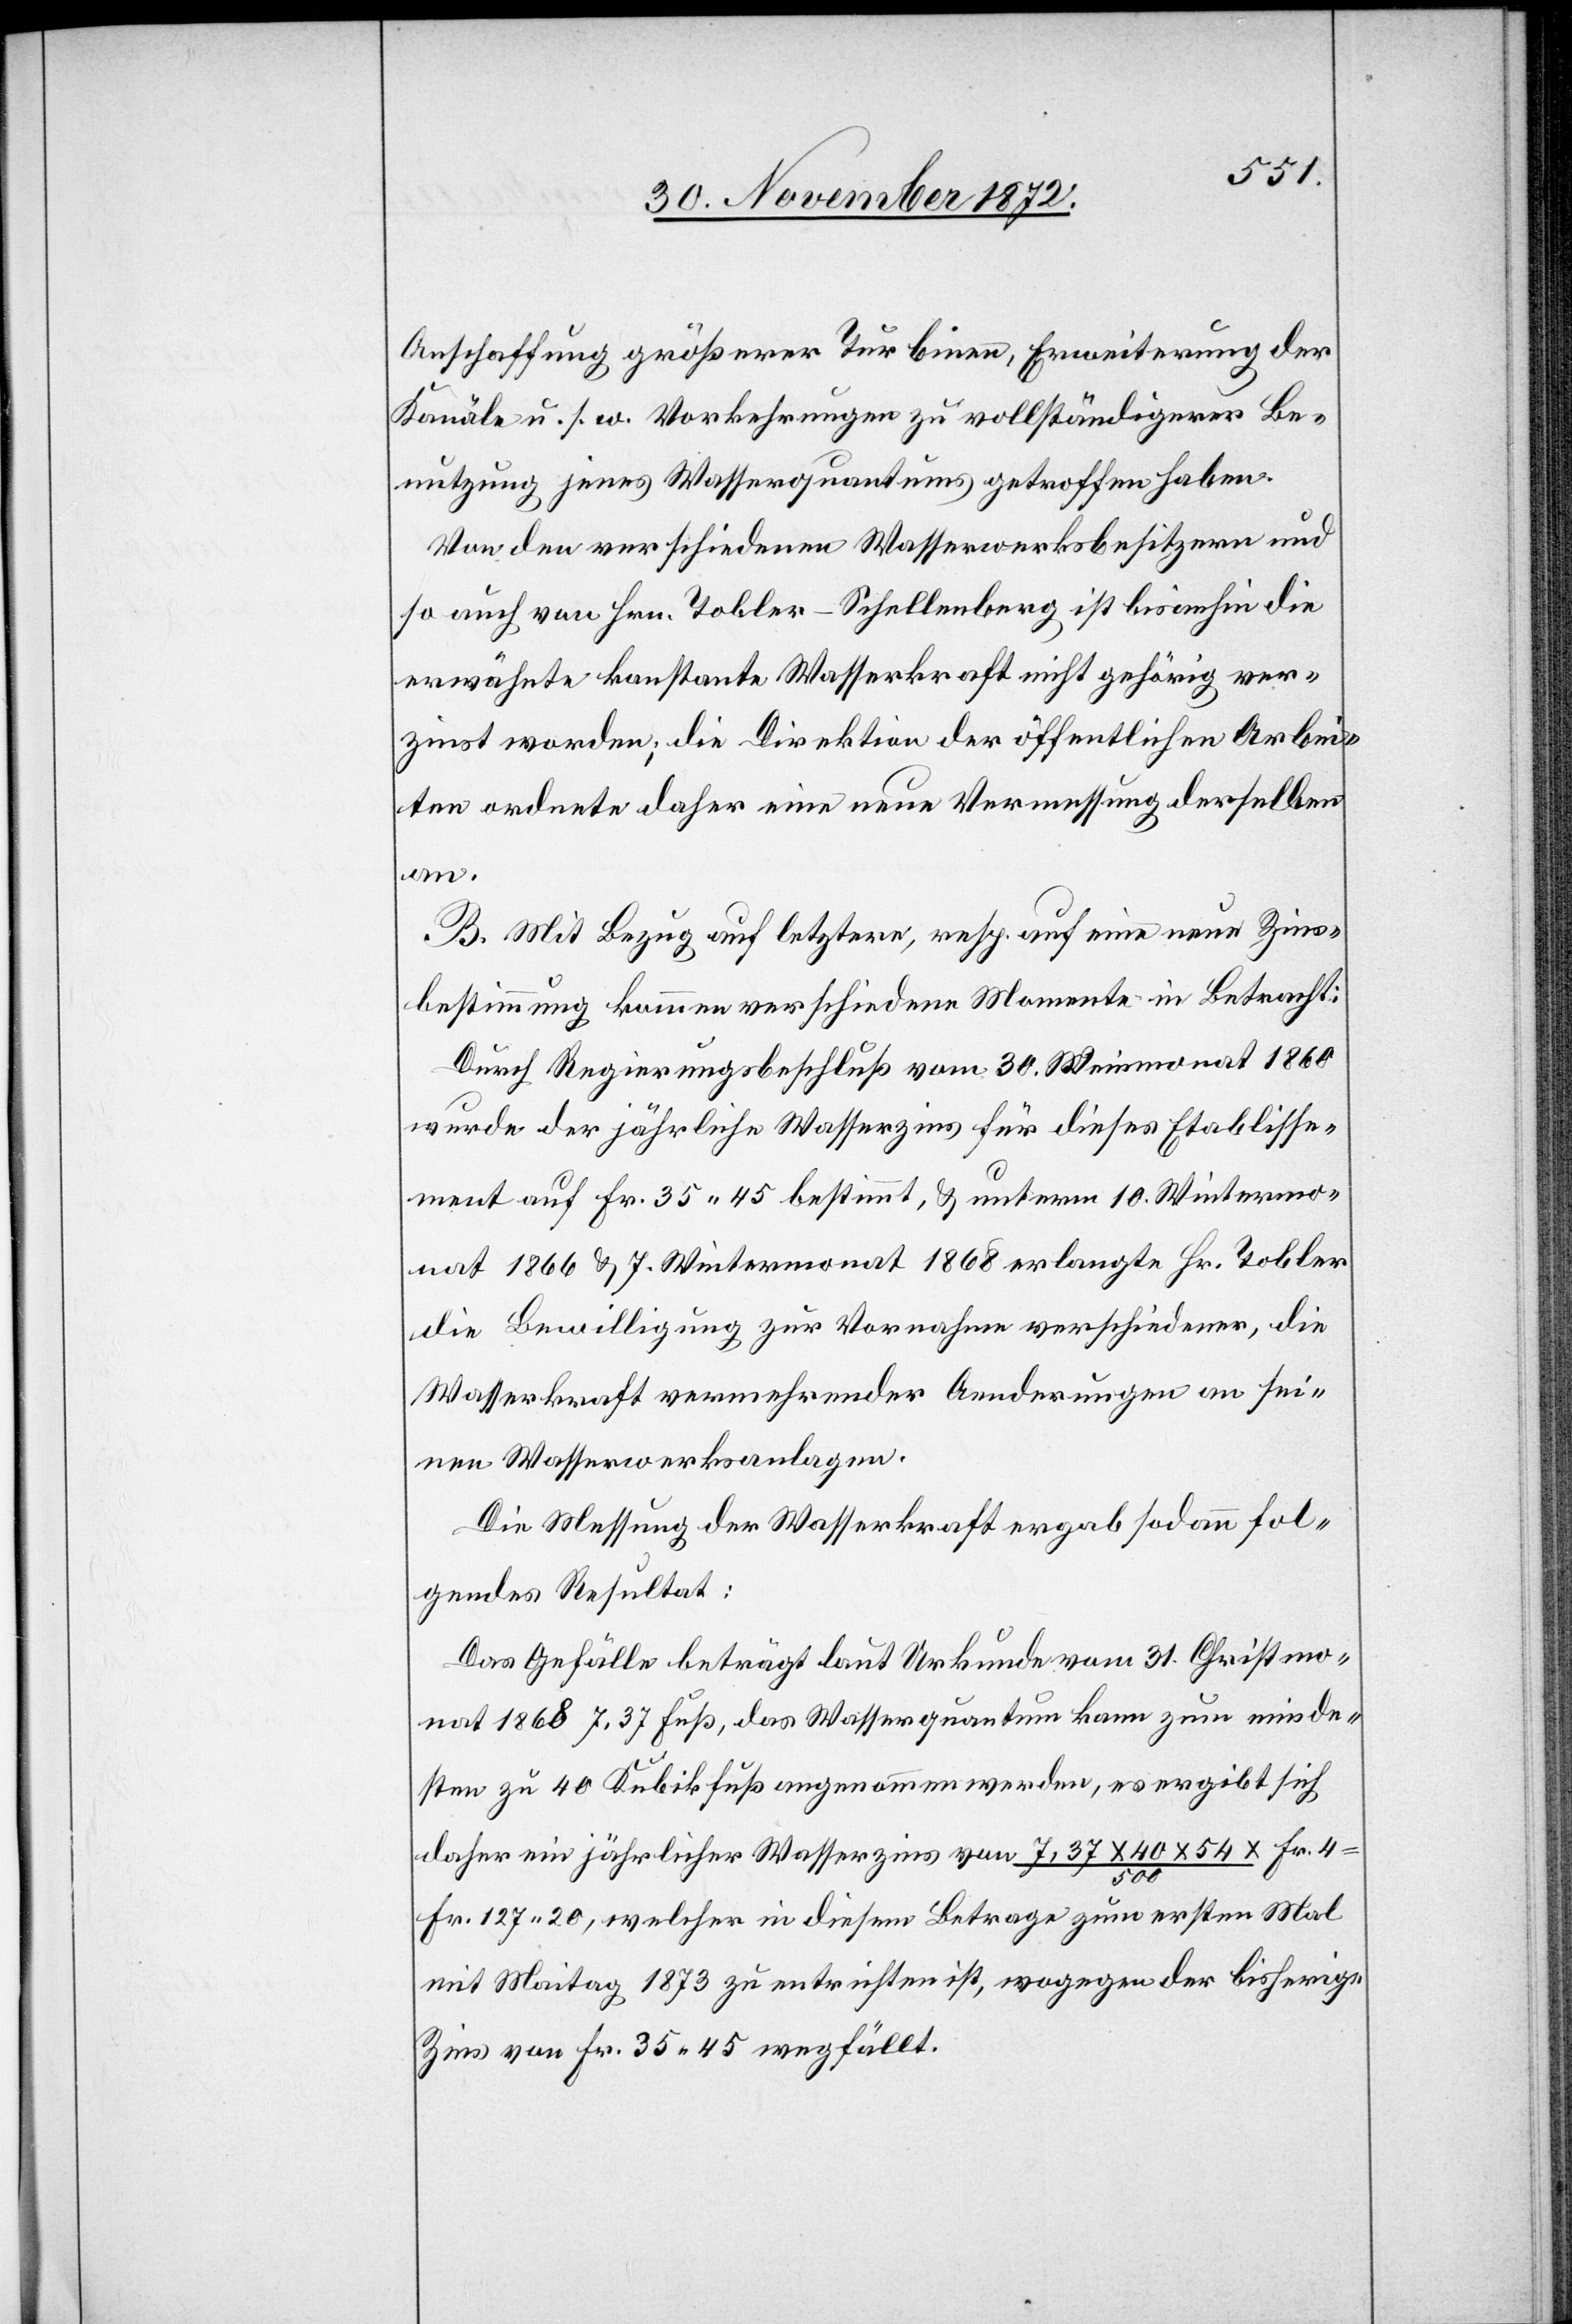
Anschaffung größerer Turbinen, Erweiterung der
Kanäle u. s. w. Vorkehrungen zu vollständigerer Be¬
nutzung jenes Wasserquantums getroffen haben.
Von den verschiedenen Wasserwerksbesitzern und
so auch von Hrn. Tobler-Schellenberg ist bisanhin die
erwähnte konstante Wasserkraft nicht gehörig ver¬
zinst worden; die Direktion der öffentlichen Arbei¬
ten ordnete daher eine neue Vermessung derselben
an.
B. Mit Bezug auf letztere, resp. auf eine neue Zins¬
bestimmung kommen verschiedene Momente in Betracht:
Durch Regierungsbeschluß vom 30. Weinmonat 1860
wurde der jährliche Wasserzins für dieses Etablisse¬
ment auf Fr. 35 45 bestimmt, u. unterm 10. Wintermo¬
nat 1866 u. 7. Wintermonat 1868 erlangte Hr. Tobler
die Bewilligung zur Vornahme verschiedener, die
Wasserkraft vermehrender Aenderungen an sei¬
nen Wasserwerksanlagen.
Die Messung der Wasserkraft ergab sodann fol¬
gendes Resultat:
Das Gefälle beträgt laut Urkunde vom 31. Christmo¬
nat 1868 7.37 Fuß, das Wasserquantum kann zum minde¬
sten zu 40 Kubikfuß angenommen werden, es ergibt sich
daher ein jährlicher Wasserzins von 7,37 x 40 x 54 / 500 x Fr. 4
Fr. 127 20, welcher in diesem Betrage zum ersten Mal
mit Maitag 1873 zu entrichten ist, wogegen der bisherige
Zins von Fr. 35 45 wegfällt.